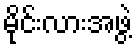
မိုင်းလားအဖွဲ့